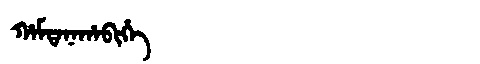
Manchu: ᡥᠠᠮᡨᠠᠨᠠᡥᠠᠪᡳᡥᡝ
Romanization: HAMTANAHABIHE